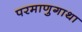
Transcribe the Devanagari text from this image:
परमाणुगाथा